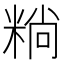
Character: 䊑